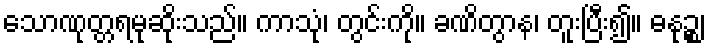
သောဏုတ္တရမုဆိုးသည်။ ကာသုံ၊ တွင်းကို။ ခဏိတွာန၊ တူးပြီး၍။ ဓနုဉ္စ၊